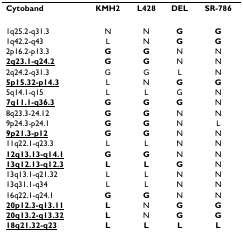
<table><thead><tr><td><b>Cytoband</b></td><td><b>KMH2</b></td><td><b>L428</b></td><td><b>DEL</b></td><td><b>SR-786</b></td></tr></thead><tbody><tr><td>1q25.2-q31.3</td><td>N</td><td>N</td><td><b>G</b></td><td><b>G</b></td></tr><tr><td>1q42.2-q43</td><td>L</td><td>N</td><td><b>G</b></td><td><b>G</b></td></tr><tr><td>2p16.2-p13.3</td><td><b>G</b></td><td><b>G</b></td><td>N</td><td>N</td></tr><tr><td><b><underline>2q23.1-q24.2</underline></b></td><td><b>G</b></td><td><b>G</b></td><td>N</td><td>N</td></tr><tr><td>2q24.2-q31.3</td><td>G</td><td>G</td><td>L</td><td>N</td></tr><tr><td><b><underline>5p15.32-p14.3</underline></b></td><td>L</td><td>N</td><td><b>G</b></td><td><b>G</b></td></tr><tr><td>5q14.1-q15</td><td>L</td><td>L</td><td>G</td><td>N</td></tr><tr><td><b><underline>7q11.1-q36.3</underline></b></td><td><b>G</b></td><td><b>G</b></td><td><b>G</b></td><td>N</td></tr><tr><td>8q23.3-24.12</td><td><b>G</b></td><td><b>G</b></td><td>N</td><td>N</td></tr><tr><td>9p24.3-p24.1</td><td><b>G</b></td><td><b>G</b></td><td>N</td><td>L</td></tr><tr><td><b><underline>9p21.3-p12</underline></b></td><td><b>G</b></td><td><b>G</b></td><td>N</td><td>N</td></tr><tr><td>11q22.1-q23.3</td><td>L</td><td>L</td><td>N</td><td>N</td></tr><tr><td><b><underline>12q13.13-q14.1</underline></b></td><td><b>G</b></td><td><b>G</b></td><td>N</td><td>N</td></tr><tr><td><b><underline>13q12.13-q12.3</underline></b></td><td><b>L</b></td><td><b>L</b></td><td><b>G</b></td><td>N</td></tr><tr><td>13q13.1-q21.32</td><td>L</td><td>L</td><td>N</td><td>N</td></tr><tr><td>13q31.1-q34</td><td>L</td><td>L</td><td>N</td><td>N</td></tr><tr><td>16q22.1-q24.1</td><td><b>G</b></td><td><b>G</b></td><td>N</td><td>N</td></tr><tr><td><b><underline>20p12.3-q13.11</underline></b></td><td><b>L</b></td><td>N</td><td><b>G</b></td><td><b>G</b></td></tr><tr><td><b><underline>20q13.2-q13.32</underline></b></td><td><b>L</b></td><td>N</td><td><b>G</b></td><td><b>G</b></td></tr><tr><td><b><underline>18q21.32-q23</underline></b></td><td><b>L</b></td><td><b>L</b></td><td><b>L</b></td><td><b>L</b></td></tr></tbody></table>